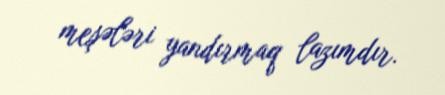
meşələri yandırmaq lazımdır.